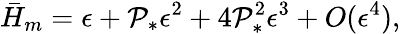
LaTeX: \bar{H}_{m}=\epsilon+\mathcal{P}_{*}\epsilon^{2}+4\mathcal{P}_{*}^{2}\epsilon^{3}+O(\epsilon^{4}),